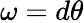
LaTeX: \omega=d\theta